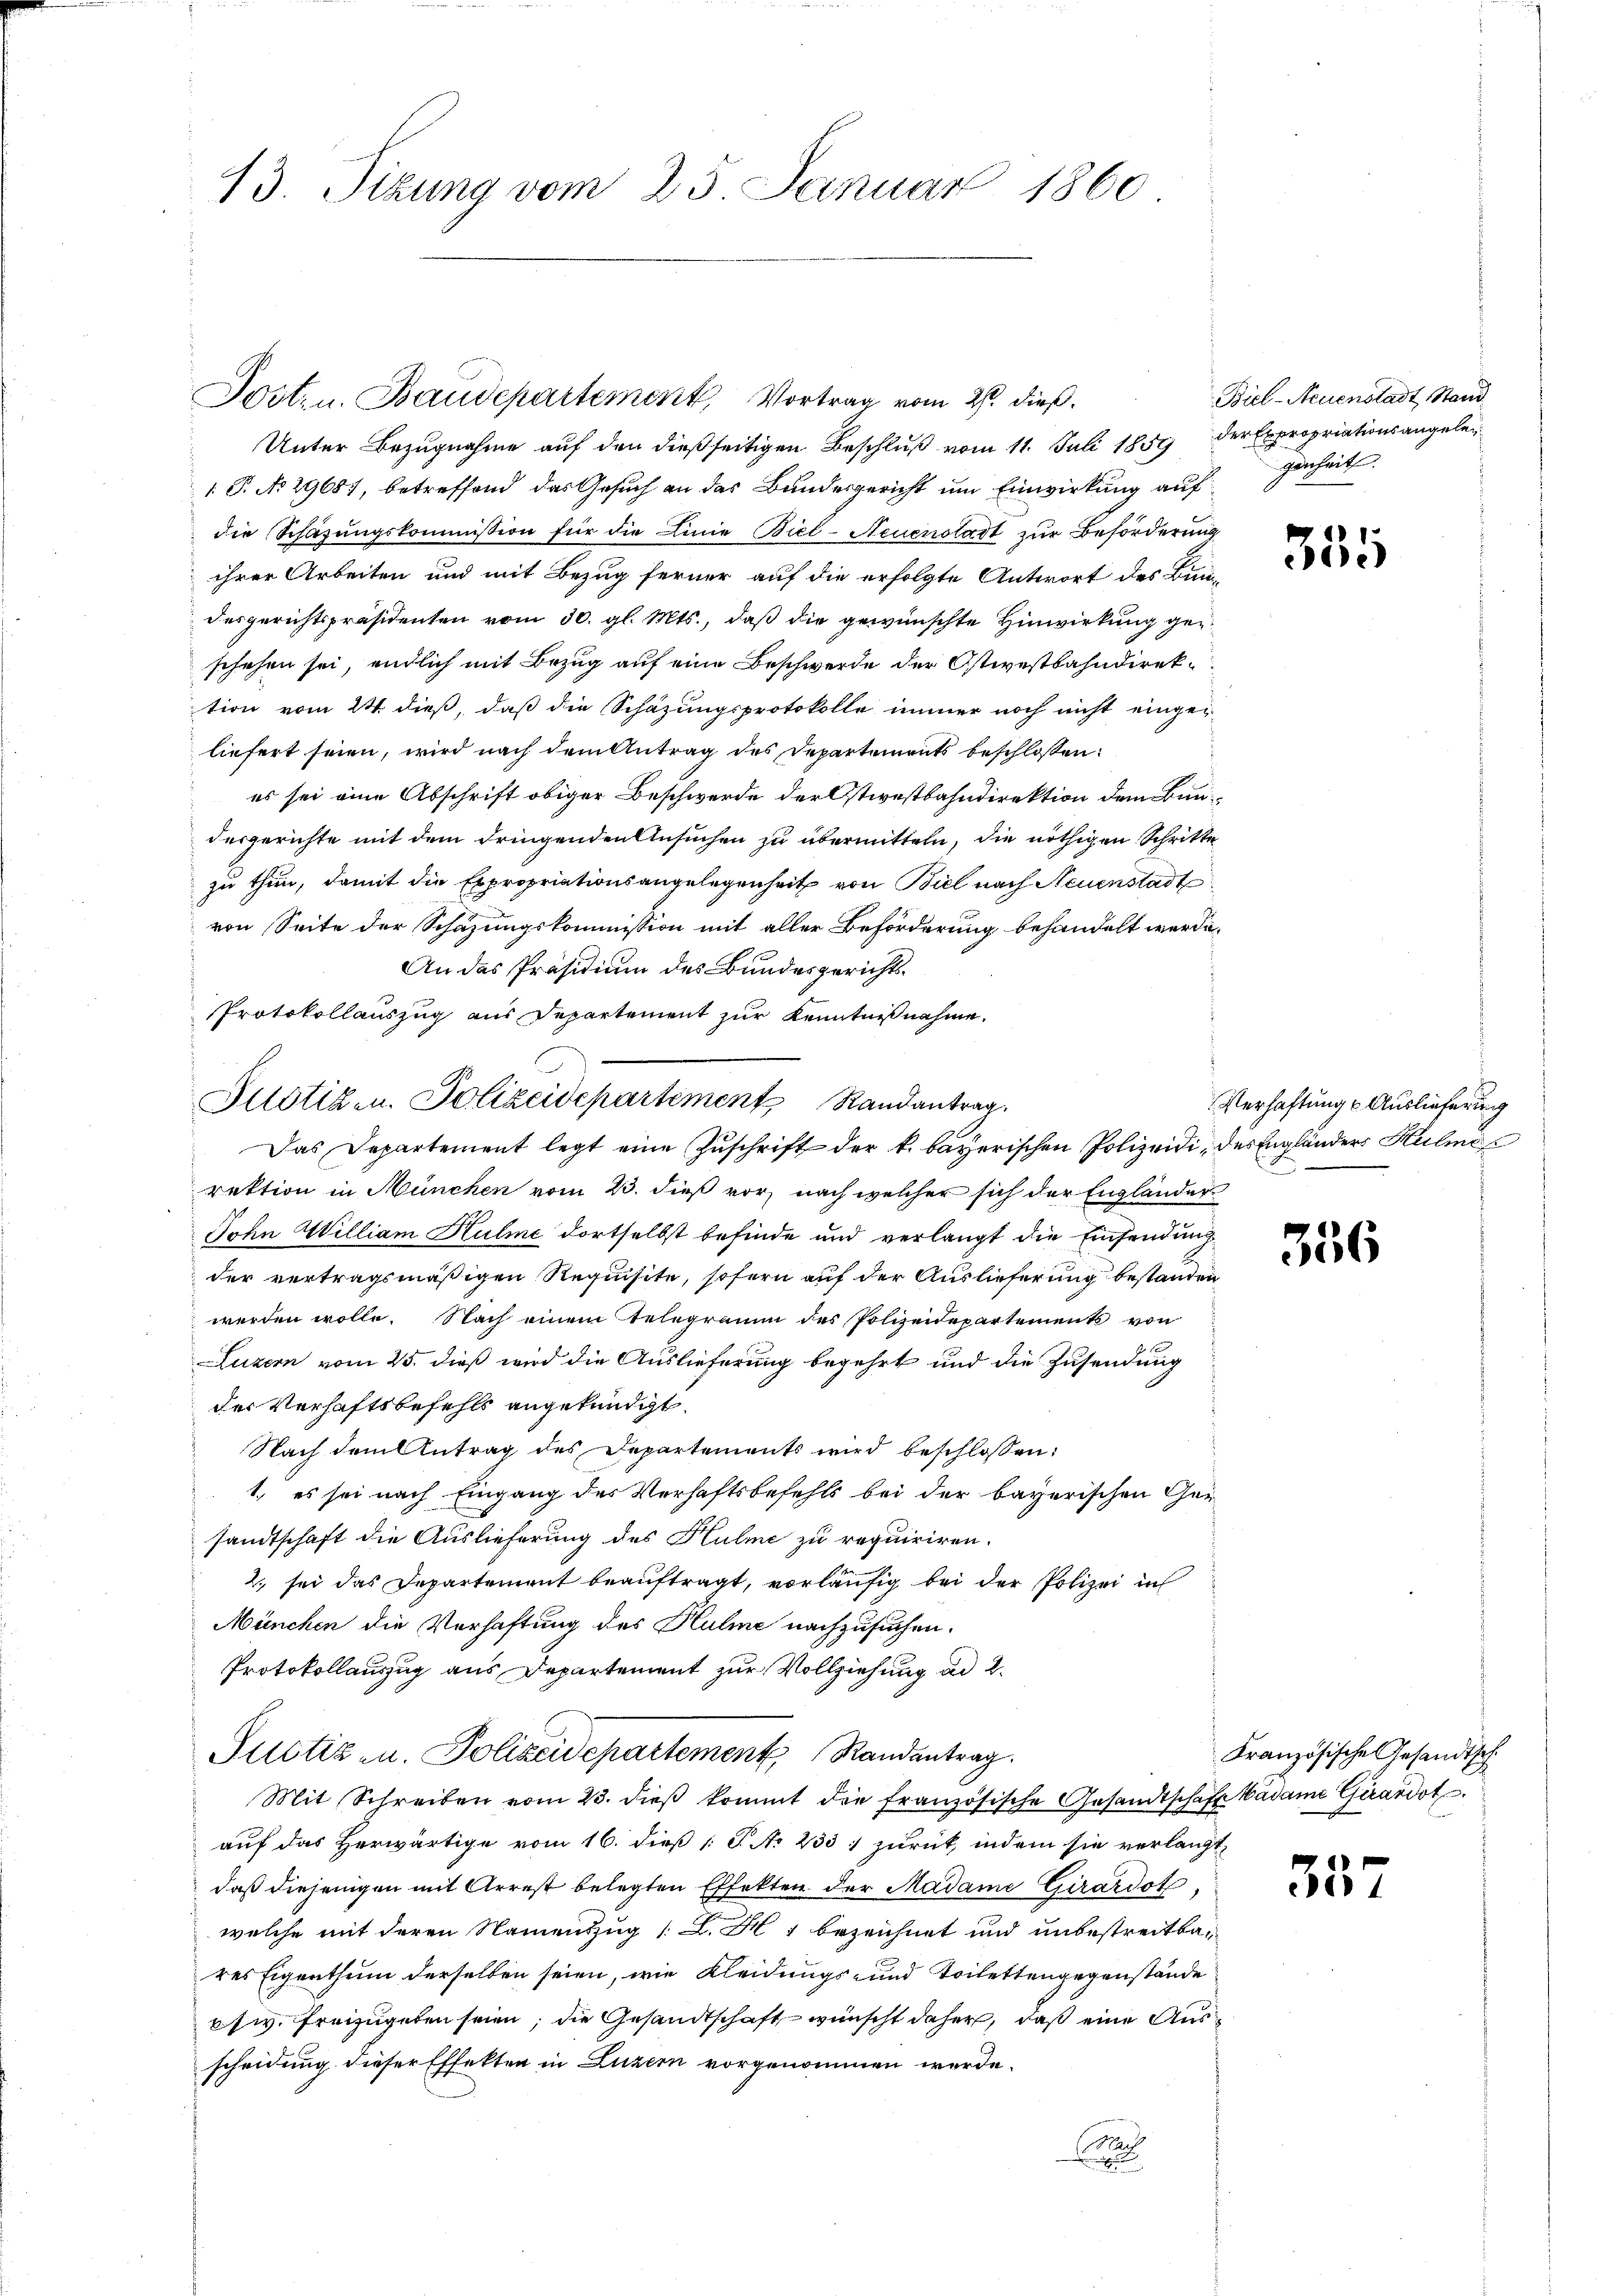
1860
13. Sizung vom 25. Januar

Tost- u. Baudepartement, Vortrag vom 27. dieß.

Justiz- u. Polizeidepartement Randantrag

Biel-Neuenstadt, Stand
genheit.

Unter Bezugnahme auf den dießseitigen Beschluß vom 11. Juli 1859 der Expropriationsangeleg
1 P. No 29681, betreffend das Gesuch an das Bundesgericht um Einwirkung auf
die Schazungskommission für die Linie Biel-Neuenstadt zur Beförderung
ihrer Arbeiten und mit Bezug ferner auf die erfolgte Antwort des Bun-
desgerichtspräsidenten vom 30. gl. Mts., daß die gewünschte Hinwirkung geschehen sei, endlich mit Bezug auf eine Beschwerde der Ostwestbahndirektion vom 24. dieß, daß die Schazungsprotokolle immer noch nicht eingeliefert seien, wird nach dem Antrag des Departements beschloßen:
es sei eine Abschrift obiger Beschwerde der stiestbahndirektion dem Bundesgerichte mit dem dringenden Ansuchen zu übermitteln, die nöthigen Schritte
zu thun, damit die Expropriationsangelegenheit von Biel nach Neuenstadt
von Seite der Schazungskommission mit aller Beförderung behandelt werde,
An das Präsidium des Bundesgerichts¬
Protokollauszug aus Departement zur Kenntnißnahme.
Das Departement legt eine Zuschrift der k. bayerischen Polizeidi, des Engländers Kulmorektion in München vom 23. dieß vor, nach welcher sich der Engländer
John William Hulme dortselbst befinde und verlangt die Einsendung
der vertragsmäßigen Requisite, sofern auf der Auslieferung bestanden
werden wolle. Nach einem Telegramm des Polizeidepartement von
Luzern vom 25. dieß wird die Auslieferung begehrt und die Zusendung
der Verhaftsbefehls angekündigt.
Nach dem Antrag des Departements wird beschlossen:
1., es sei nach Eingang des Verhaftsbefehls bei der bayerischen Ger
sandtschaft die Auslieferung des Hulme zu requiriren.
2 sei das Departement beauftragt, vorläufig bei der Polizei in
München die Verhaftung des Hulme nachzusuchen.
Protokollauszug aus Departement zur Vollziehung ad 2.
Justiz u. Polizeidepartement Randantrag.
Mit Schreiben vom 23. dieβ kommt die französische Gesandtschaft Madame Girardot
auf das Herwärtige vom 16. dieß [S. No 233 1 zurück, indem sie verlangt,
daß diejenigen mit Arrest belegten Effekten der Madame Girardot
welche mit deren Namenzug (: L. F 1 bezeichnet und unbestreitbares Eigenthum derselben seien, wie Kleidungs- und Toilettengegenstände
sw. Freizugeben seien; die Gesandtschaft wünscht daher, daß eine Ausscheidung dieser Effekten in Luzern vorgenommen werde.
Mach

355

Verhaftung u. Auslieferung
F

356

Französische Gesandtsch

357